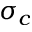
\sigma _ { c }